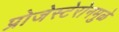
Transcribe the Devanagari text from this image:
प्रोजेस्टेरोनमुळे